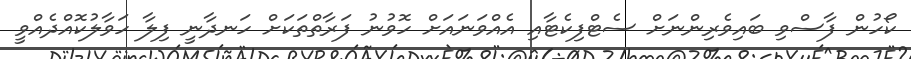
ކޯހުން ފާސްވި ބައިވެރިންނަށް ސެޓްފިކެޓާއި އެއްވަނައަށް ހޮވުނު ފަރާތްތަކަށް ހަނދާނީ ފިލާ ހަވާލުކޮއްދެއްވީ